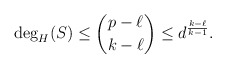
\begin{align*} \deg_H(S)\leq \binom{p-\ell}{k-\ell}\leq d^{\frac{k-\ell}{k-1}}.\end{align*}